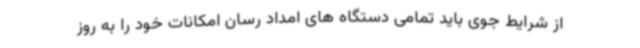
از شرایط جوی باید تمامی دستگاه های امداد رسان امکانات خود را به روز